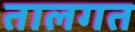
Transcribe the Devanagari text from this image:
तालगत